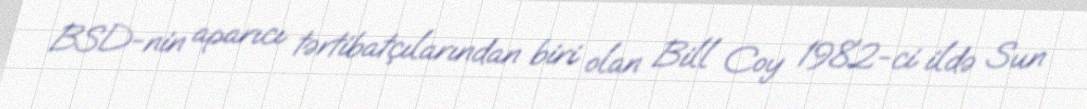
BSD-nin aparıcı tərtibatçılarından biri olan Bill Coy 1982-ci ildə Sun